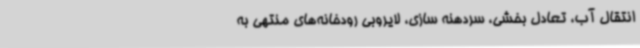
انتقال آب، تعادل بخشی، سردهنه سازی، لایروبی رودخانه‌های منتهی به